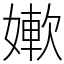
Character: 㜛